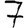
Digit: 7